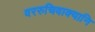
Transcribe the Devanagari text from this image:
वररुचिवाक्यानि